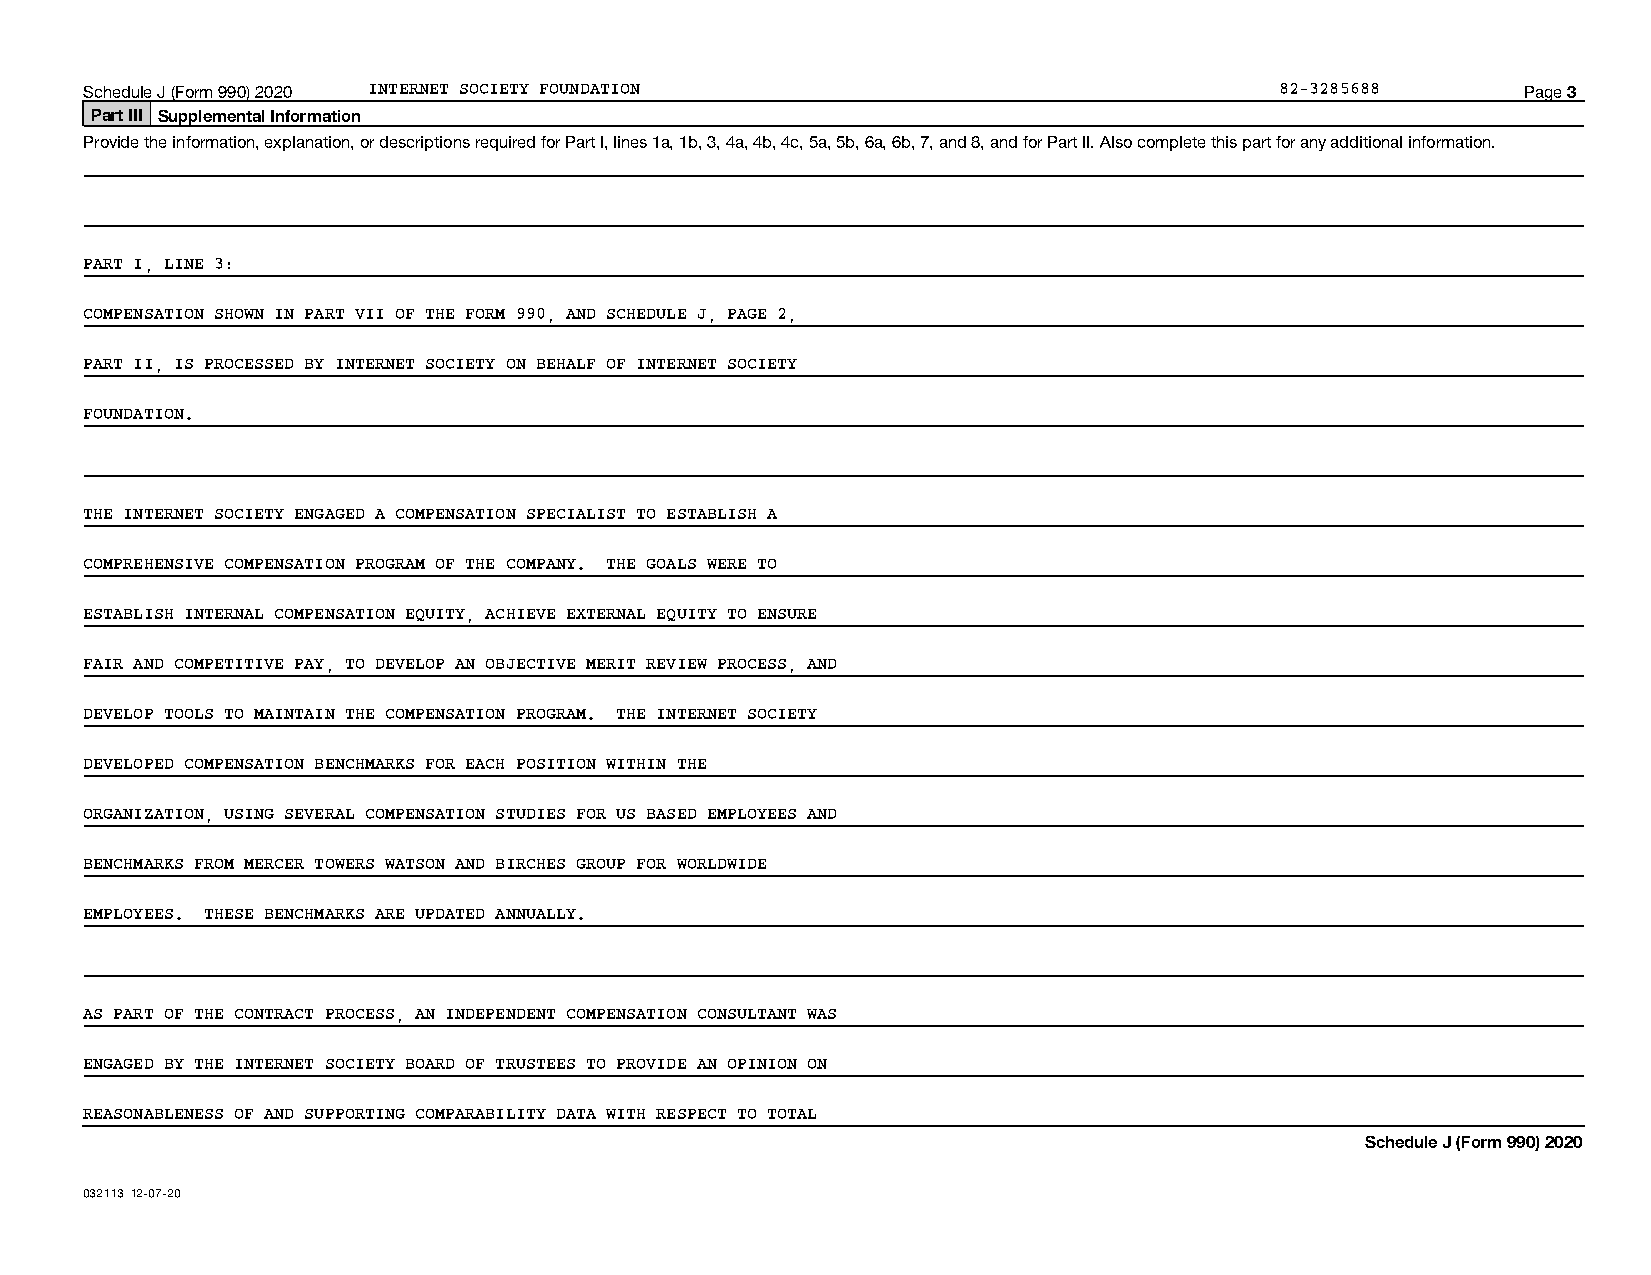
Schedule J (Form 990) 2020 INTERNET SOCIETY FOUNDATION                         82-3285688      Page 3
 Part III Supplemental Information
 Provide the information, explanation, or descriptions required for Part I, lines 1a, 1b, 3, 4a, 4b, 4c, 5a, 5b, 6a, 6b, 7, and 8, and for Part II. Also complete this part for any additional information.
 PART I, LINE 3:
 COMPENSATION SHOWN IN PART VII OF THE FORM 990, AND SCHEDULE J, PAGE 2,
 PART II, IS PROCESSED BY INTERNET SOCIETY ON BEHALF OF INTERNET SOCIETY
 FOUNDATION.
 THE INTERNET SOCIETY ENGAGED A COMPENSATION SPECIALIST TO ESTABLISH A
 COMPREHENSIVE COMPENSATION PROGRAM OF THE COMPANY. THE GOALS WERE TO
 ESTABLISH INTERNAL COMPENSATION EQUITY, ACHIEVE EXTERNAL EQUITY TO ENSURE
 FAIR AND COMPETITIVE PAY, TO DEVELOP AN OBJECTIVE MERIT REVIEW PROCESS, AND
 DEVELOP TOOLS TO MAINTAIN THE COMPENSATION PROGRAM. THE INTERNET SOCIETY
 DEVELOPED COMPENSATION BENCHMARKS FOR EACH POSITION WITHIN THE
 ORGANIZATION, USING SEVERAL COMPENSATION STUDIES FOR US BASED EMPLOYEES AND
 BENCHMARKS FROM MERCER TOWERS WATSON AND BIRCHES GROUP FOR WORLDWIDE
 EMPLOYEES. THESE BENCHMARKS ARE UPDATED ANNUALLY.
 AS PART OF THE CONTRACT PROCESS, AN INDEPENDENT COMPENSATION CONSULTANT WAS
 ENGAGED BY THE INTERNET SOCIETY BOARD OF TRUSTEES TO PROVIDE AN OPINION ON
 REASONABLENESS OF AND SUPPORTING COMPARABILITY DATA WITH RESPECT TO TOTAL
 Schedule J (Form 990) 2020
 032113 12-07-20